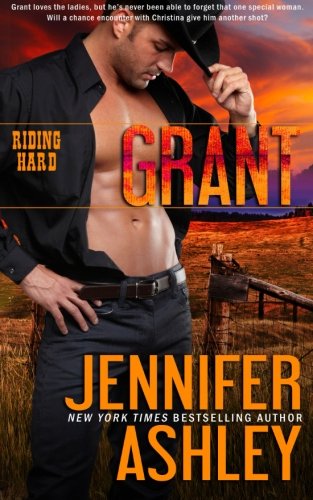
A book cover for Grant (Riding Hard) (Volume 2); Jennifer Ashley; Romance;